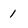
Character: 1